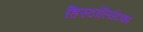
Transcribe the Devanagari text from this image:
हिस्टॉलिटिका